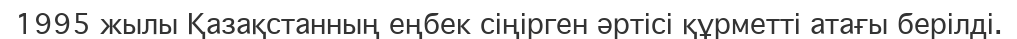
1995 жылы Қазақстанның еңбек сіңірген әртісі құрметті атағы берілді.